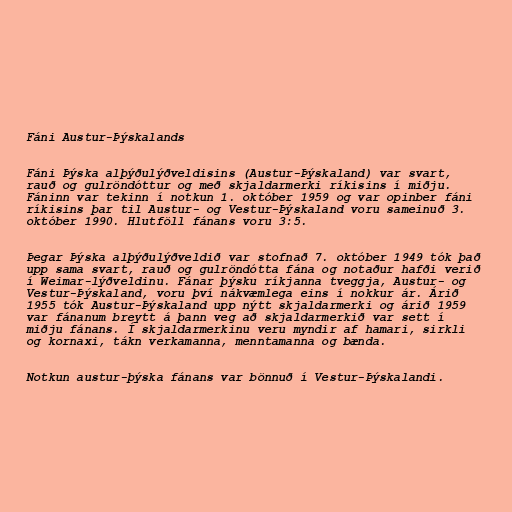
Fáni Austur-Þýskalands

Fáni Þýska alþýðulýðveldisins (Austur-Þýskaland) var svart,
rauð og gulröndóttur og með skjaldarmerki ríkisins í miðju.
Fáninn var tekinn í notkun 1. október 1959 og var opinber fáni
ríkisins þar til Austur- og Vestur-Þýskaland voru sameinuð 3.
október 1990. Hlutföll fánans voru 3:5.

Þegar Þýska alþýðulýðveldið var stofnað 7. október 1949 tók það
upp sama svart, rauð og gulröndótta fána og notaður hafði verið
í Weimar-lýðveldinu. Fánar þýsku ríkjanna tveggja, Austur- og
Vestur-Þýskaland, voru því nákvæmlega eins í nokkur ár. Árið
1955 tók Austur-Þýskaland upp nýtt skjaldarmerki og árið 1959
var fánanum breytt á þann veg að skjaldarmerkið var sett í
miðju fánans. Í skjaldarmerkinu veru myndir af hamari, sirkli
og kornaxi, tákn verkamanna, menntamanna og bænda.

Notkun austur-þýska fánans var bönnuð í Vestur-Þýskalandi.